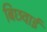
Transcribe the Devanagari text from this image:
बिछवाई